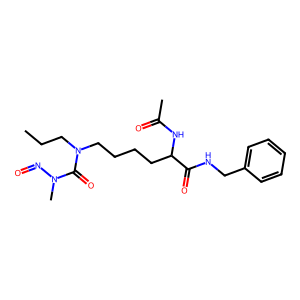
SMILES: CCCN(CCCCC(NC(C)=O)C(=O)NCc1ccccc1)C(=O)N(C)N=O
Inhibits HIV replication: No